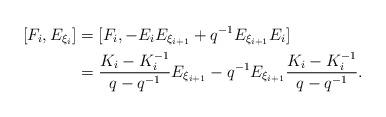
LaTeX: \begin{align*}[F_{i}, E_{\xi_{i}}]& = [F_{i}, -E_{i} E_{\xi_{i + 1}} + q^{-1} E_{\xi_{i+1}} E_{i}]\\& = \frac{K_{i} - K_{i}^{-1}}{q - q^{-1}}E_{\xi_{i + 1}} - q^{-1} E_{\xi_{i + 1}}\frac{K_{i} - K_{i}^{-1}}{q - q^{-1}}.\end{align*}